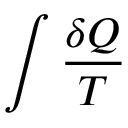
\int { \frac { \delta Q } { T } }